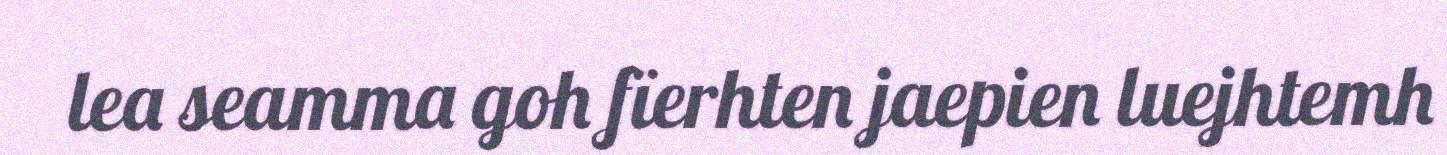
lea seamma goh fïerhten jaepien luejhtemh